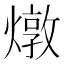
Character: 燉